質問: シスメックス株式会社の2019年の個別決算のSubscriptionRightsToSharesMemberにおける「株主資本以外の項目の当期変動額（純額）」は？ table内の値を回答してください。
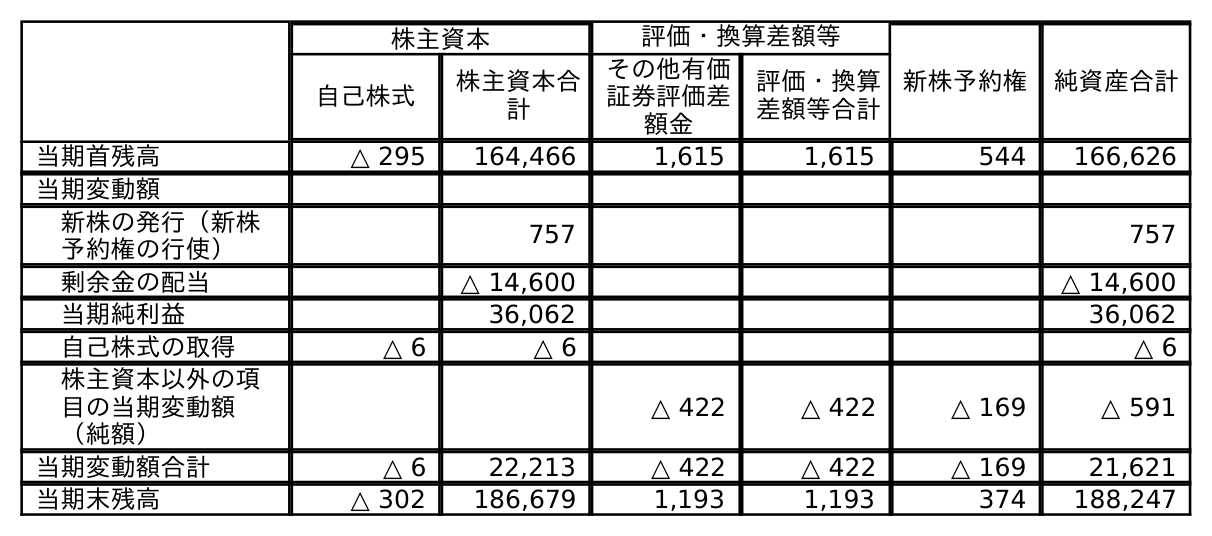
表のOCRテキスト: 株主資本 評価・換算差額等 新株予約権 純資産合計 自己株式 株主資本合 計 その他有価 証券評価差 額金 評価・換算 差額等合計 当期首残高 △ 295 164,466 1,615 1,615 544 166,626 当期変動額 新株の発行（新株 予約権の行使） 757 757 剰余金の配当 △ 14,600 △ 14,600 当期純利益 36,062 36,062 自己株式の取得 △ 6 △ 6 △ 6 株主資本以外の項 目の当期変動額 （純額） △ 422 △ 422 △ 169 △ 591 当期変動額合計 △ 6 22,213 △ 422 △ 422 △ 169 21,621 当期末残高 △ 302 186,679 1,193 1,193 374 188,247
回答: △169